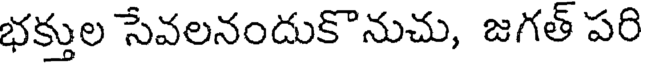
భక్తుల సేవలనందుకొనుచు, జగత్ పరి